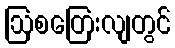
ဩစတြေးလျတွင်